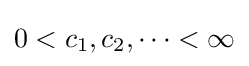
0<c_{1},c_{2},\cdots <\infty